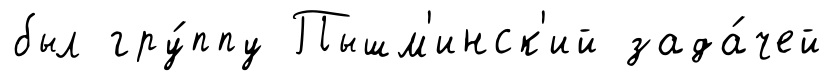
был гру́ппу Пышм'инск'ий зада́чей